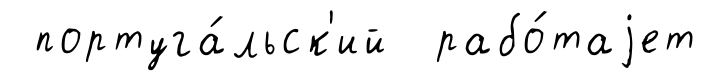
португа́льск'ий рабо́таjет